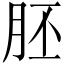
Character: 胚